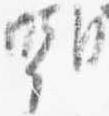
嘲